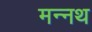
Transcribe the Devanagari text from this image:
मन्नथ